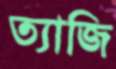
ত্যাজি